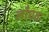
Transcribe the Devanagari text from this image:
लाँघता